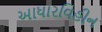
આધારવિહીન